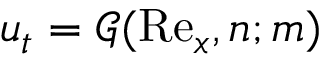
u _ { t } = \mathcal { G } ( \mathrm { R e } _ { x } , n ; m )